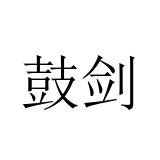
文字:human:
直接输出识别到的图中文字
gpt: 鼓剑